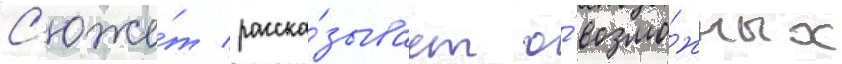
С'юже́т расска́зывает о́ возмо́жных